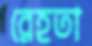
রেহতা